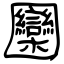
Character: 圞